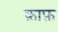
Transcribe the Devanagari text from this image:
क़ाफ़